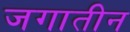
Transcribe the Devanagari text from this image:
जगातीन